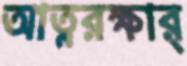
আত্নরক্ষার্